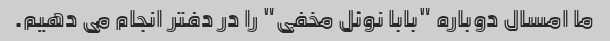
ما امسال دوباره "بابا نوئل مخفی" را در دفتر انجام می دهیم.